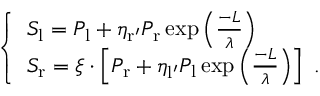
\left\{ \begin{array} { l l } { S _ { \mathrm { l } } = P _ { \mathrm { l } } + \eta _ { \mathrm { r ^ { \prime } } } P _ { \mathrm { r } } \exp \left( \frac { - L } { \lambda } \right) } \\ { S _ { \mathrm { r } } = \xi \cdot \left[ P _ { \mathrm { r } } + \eta _ { \mathrm { l ^ { \prime } } } P _ { \mathrm { l } } \exp \left( \frac { - L } { \lambda } \right) \right] \ . } \end{array} \right.